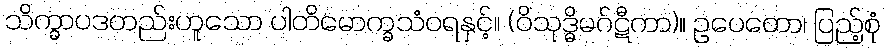
သိက္ခာပဒတည်းဟူသော ပါတိမောက္ခသံဝရနှင့်။ (ဝိသုဒ္ဓိမဂ်ဋီကာ)။ ဥပေတော၊ ပြည့်စုံ